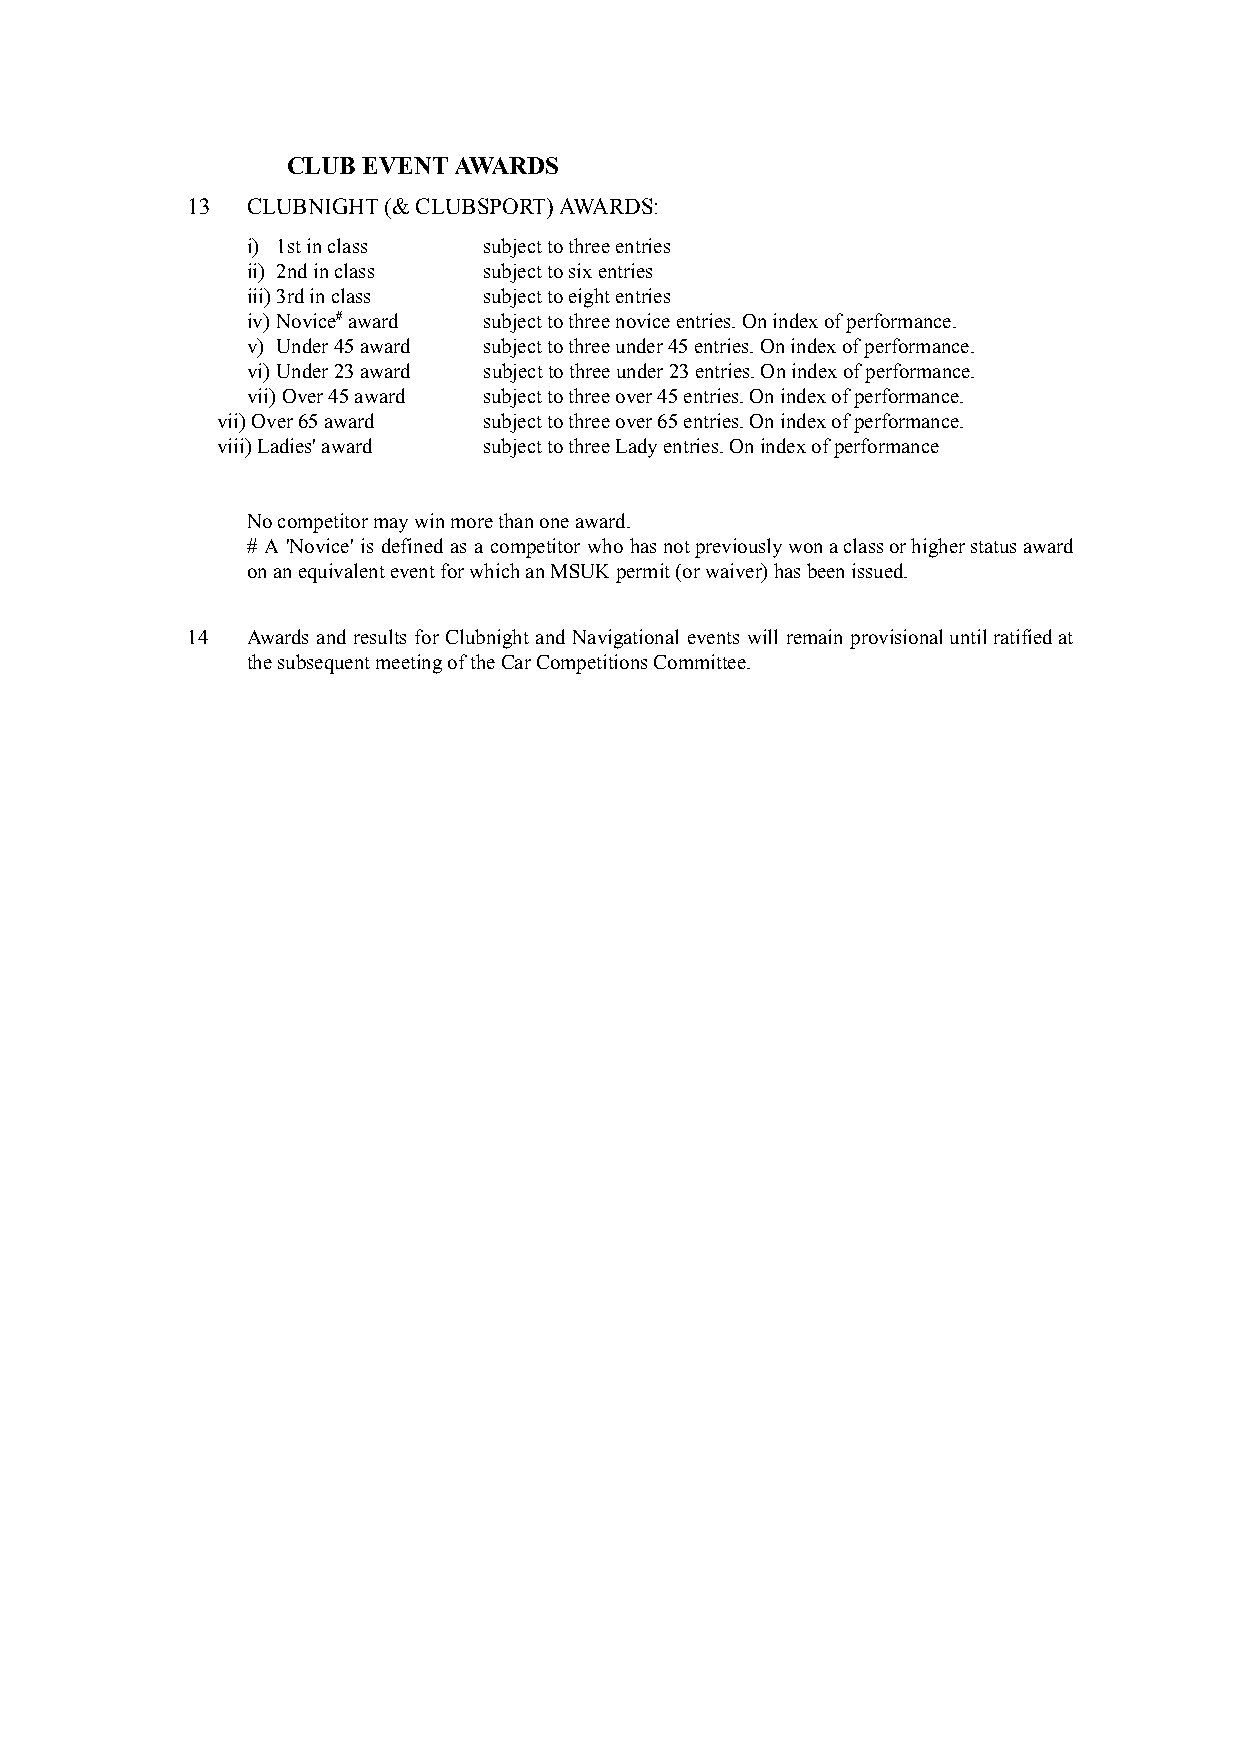
CLUB EVENT AWARDS
 13  CLUBNIGHT (& CLUBSPORT) AWARDS:
 i) 1st in class subject to three entries
 ii) 2nd in class subject to six entries
 iii)3rd in class subject to eight entries
 iv) Novice#award subject to three novice entries. Onindex of performance.
 v) Under 45 award subject to three under 45 entries. On index of performance.
 vi) Under 23 award subject to three under 23 entries. On index of performance.
 vii)Over 45 award subject to three over 45 entries. On index of performance.
 vii) Over 65 award subject to three over 65 entries. On index of performance.
 viii) Ladies' award subject to three Lady entries. On index of performance
 No competitor may win more than one award.
 # A 'Novice' is defined as a competitor who hasnotpreviouslywonaclassorhigherstatusaward
 on an equivalent event for which an MSUK permit (or waiver) has been issued.
 14  Awards and results for Clubnight and Navigational events will remain provisionaluntilratifiedat
 the subsequent meeting of the Car Competitions Committee.